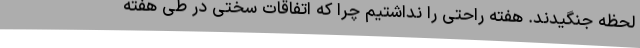
لحظه جنگیدند. هفته راحتی را نداشتیم چرا که اتفاقات سختی در طی هفته